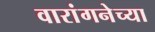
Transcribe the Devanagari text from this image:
वारांगनेच्या